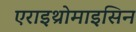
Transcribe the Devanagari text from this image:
एराइथ्रोमाइसिन